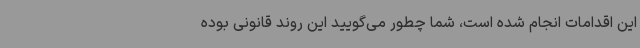
این اقدامات انجام شده است، شما چطور می‌گویید این روند قانونی بوده